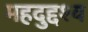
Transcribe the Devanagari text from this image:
महदुद्दश्य